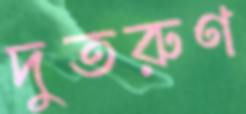
দুতরুণ